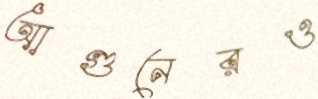
আগুনেরও